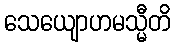
သေယျောဟမသ္မီတိ